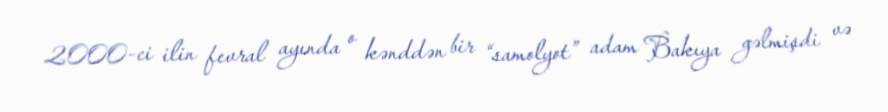
2000-ci ilin fevral ayında o kənddən bir “samolyot” adam Bakıya gəlmişdi və